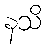
နသိ